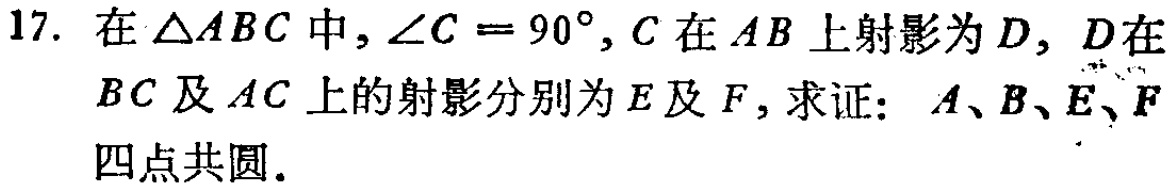
17. 在\(\triangle ABC\)中，\(\angle C = 90^{\circ}\)，\(C\)在\(AB\)上射影为\(D\)，\(D\)在\(BC\)及\(AC\)上的射影分别为\(E\)及\(F\)，求证：\(A、B、E、F\)四点共圆.